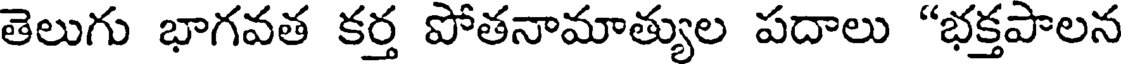
తెలుగు భాగవత కర్త పోతనామాత్యుల పదాలు "భక్తపాలన